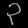
Digit: ၃